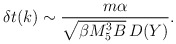
\begin{align*}\delta t(k) \sim {m\alpha \over \sqrt{\beta M_5^3 B}\, D(Y) } .\end{align*}